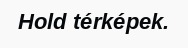
Hold térképek.